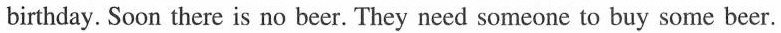
home. Today is tortoise's birthday. Soon there is no beer. They need someone to buy some beer.